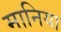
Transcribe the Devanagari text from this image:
मानिया